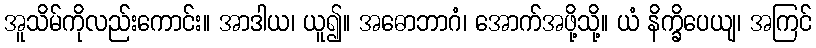
အူသိမ်ကိုလည်းကောင်း။ အာဒါယ၊ ယူ၍။ အဓောဘာဂံ၊ အောက်အဖို့သို့။ ယံ နိက္ခိပေယျ၊ အကြင်